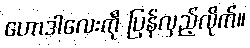
ဟောဒါလေးကို ပြန်လှည့်လိုက်။